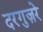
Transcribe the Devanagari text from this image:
दरगुज़रे